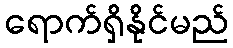
ရောက်ရှိနိုင်မည်